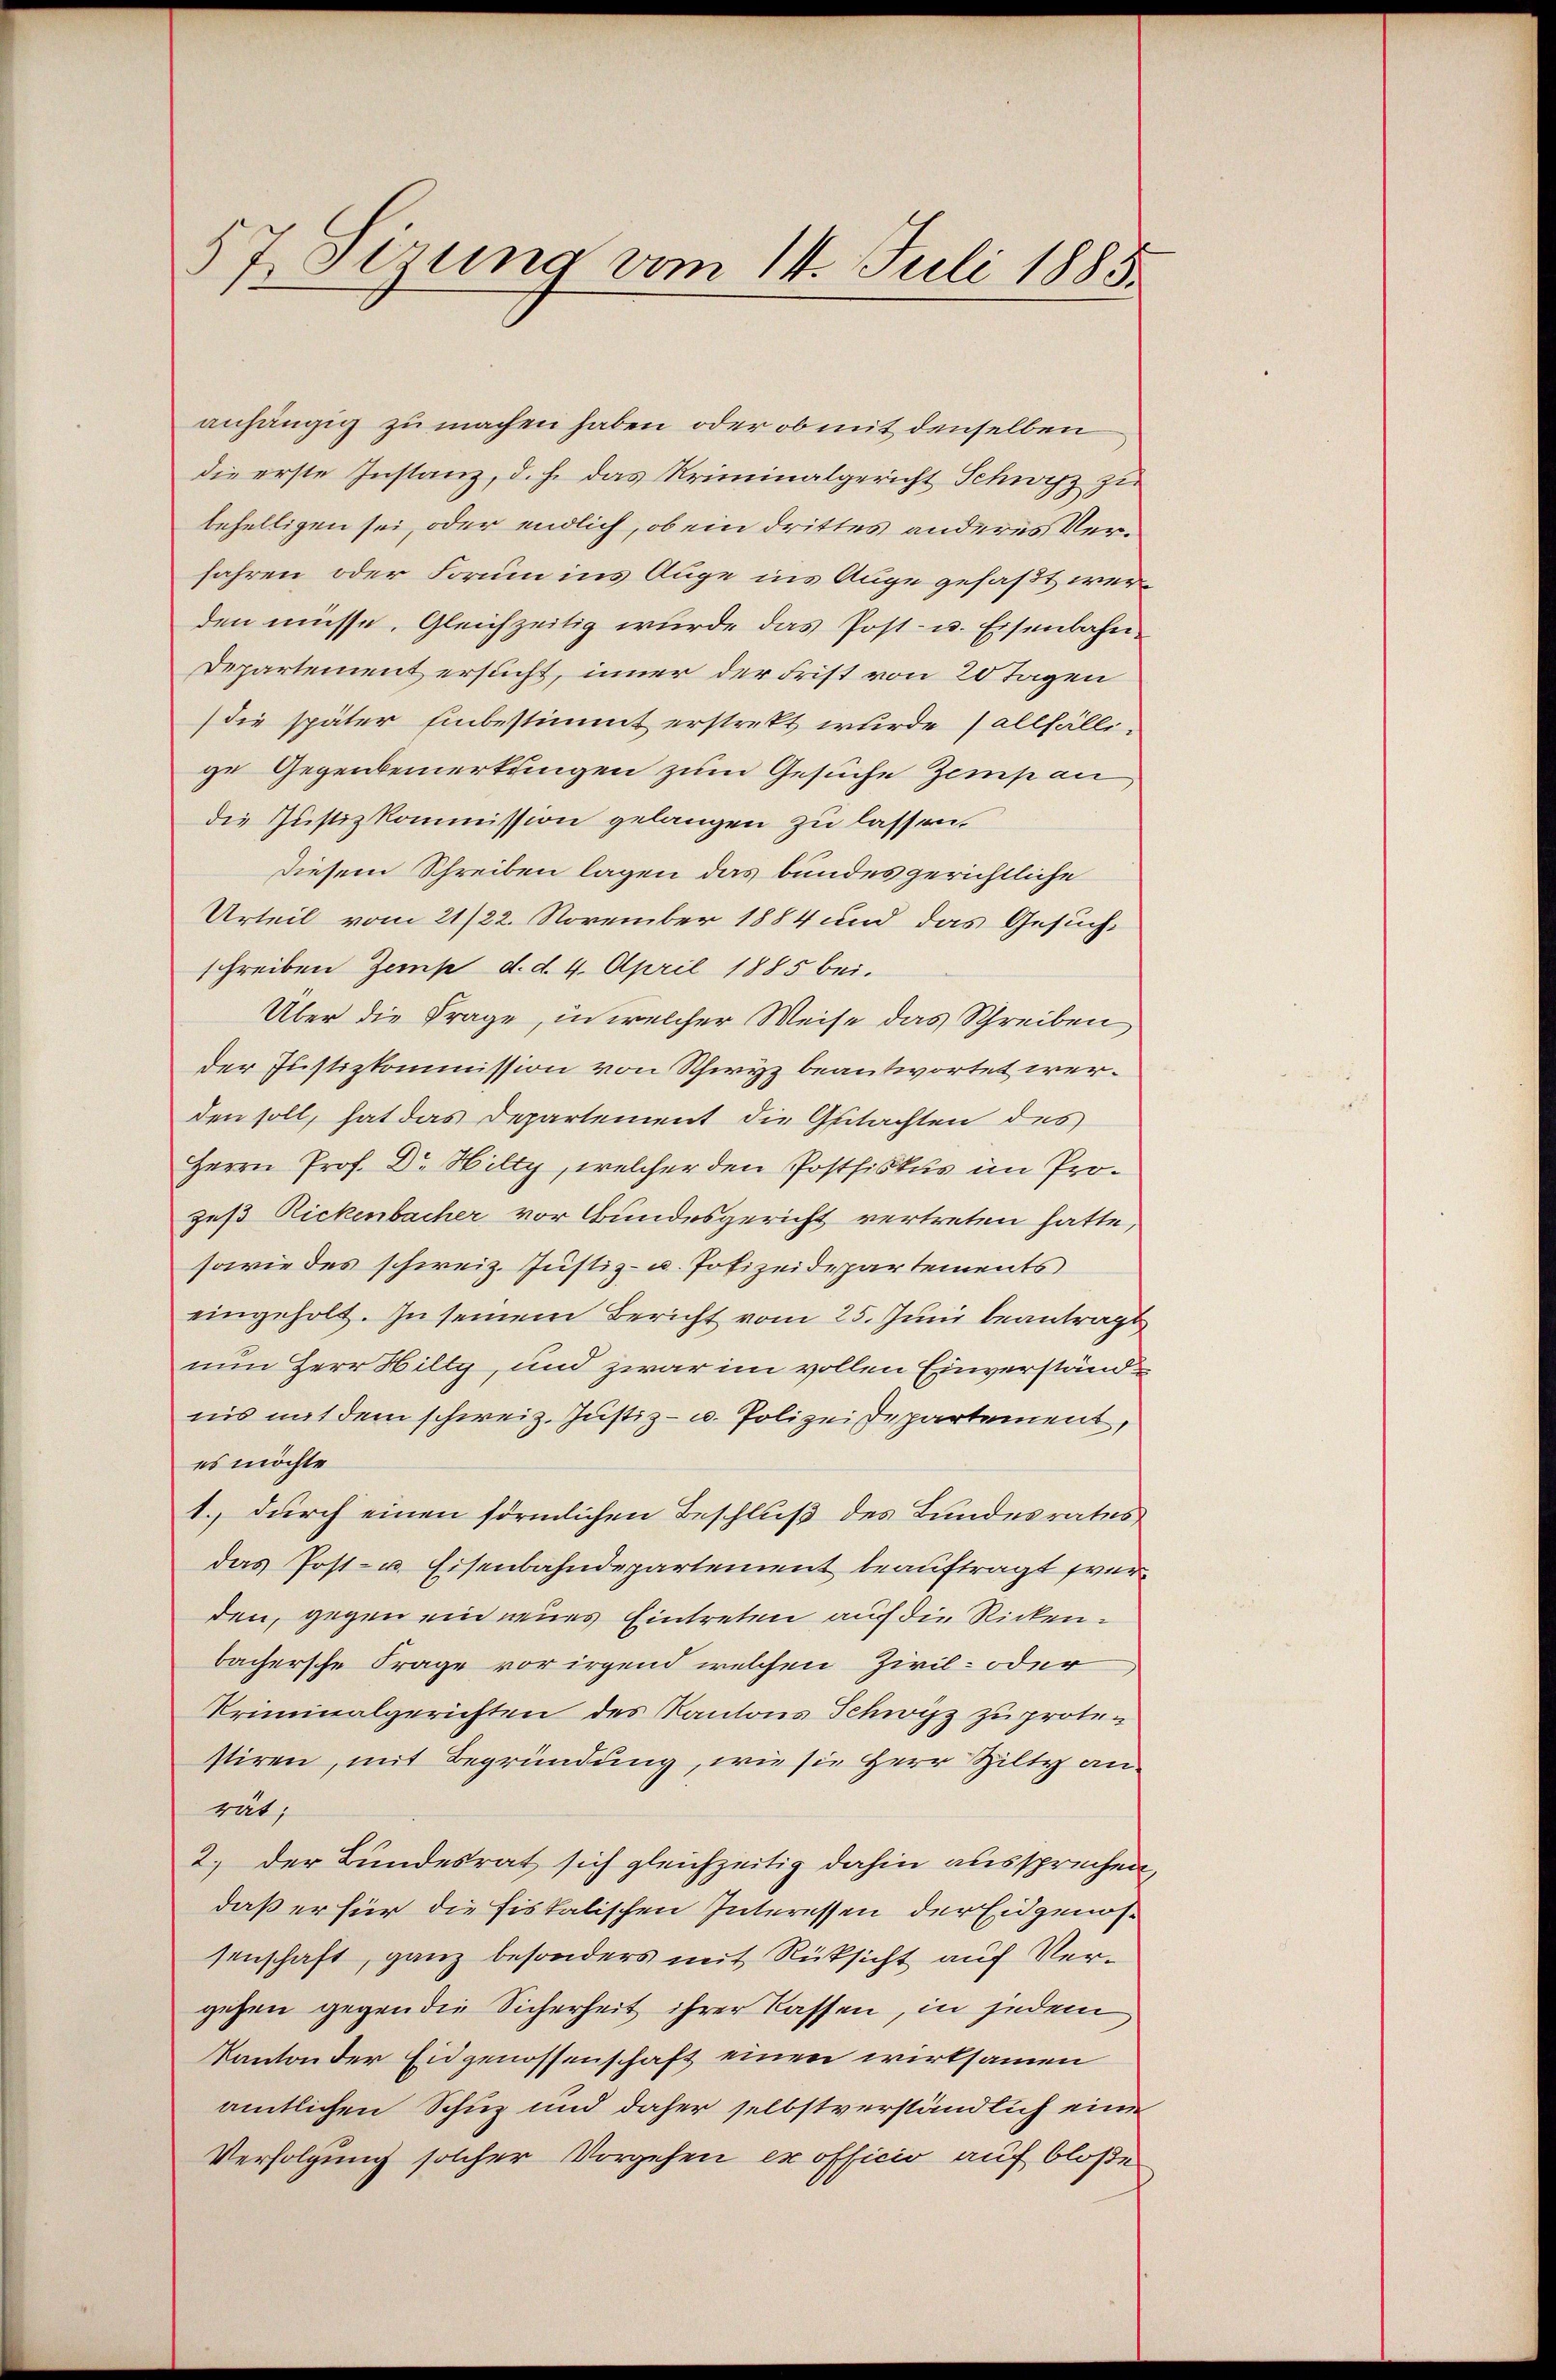
57. Serung vom 14. Juli 1885.

anhängig zu machen haben, oder ob mit denselben
die erste Instanz, d. h. das Kriminalgericht Schwyz zu
behelligen sei, oder endlich, ob ein drittes anderes Verfahren oder Forum ins Auge ins Auge gefaßt werden müsse. Gleichzeitig wurde das Post- u. Eisenbahn¬
Departement ersucht, inner der Frist von 20 Tagen
(die später Einbestimmt erstrekt wurde (allfällige Gegenbemerkungen zum Gesuche Zemp an,
die Justizkommission gelangen zu lassen.
Diesem Schreiben lagen das bundes gerichtliche
Urteil vom 21/22. November 1884 und das Gesuch-
schreiben Zams d. d. 4. April 1885 bei.
Über die Frage, in welcher Weise das Schreiben
der Justizkommission von Schwyz beantwortet werden soll, hat das Departement die Gutachten des
Herrn Prof. Dr Hilty, welcher den Postfiskus im Prozeß Rickenbacher vor Bundesgericht vertreten hatte,
sowie des schweiz. Justiz- u. Polizeidepartements
eingeholt. Zu seinem Bericht vom 25. Juni beantragt
nun Herr Hilly, und zwar im vollen Einverständnis mit dem schweiz. Justiz- u. Polizeidepartement,
es möchte
1. durch einen förmlichen Beschluß des Bundesrates
das Post- u. Eisenbahndepartement beauftragt wur
den, gegen ein neues Eintreten auf die Rickenbachersche Frage vor irgend welchen Zivil- oder
Kriminalgerichten des Kantons Schwyz zu proten
stiren, mit Begründung, wie sie Herr Hilty anrät,
2.) der Bundesrat sich gleichzeitig dahin aussprechen,
daß er für die fiskalischen Interessen der Eidgenossenschaft, ganz besonders mit Rücksicht auf Vergehen gegen die Sicherheit ihrer Kassen, in jedem
Kanton der Eidgenossenschaft einen wirksamen
amtlichen Schuz und daher selbstverständlich eine
Verfolgung solcher Vorgehen ex officio auf bloße